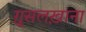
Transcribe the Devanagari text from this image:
ग़ुसलख़ाना